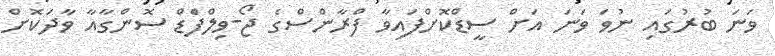
ވަނަ ބުރުގައި ނުވަ ވަނަ އަށް ސީޑްކޮށްފައިވާ ފްރާންސްގެ ޖޯ-ވިލްފްެޑް ސޮންގާއާ ވާދަކޮށް